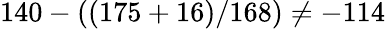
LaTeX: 140-((175+16)/168)\neq-114